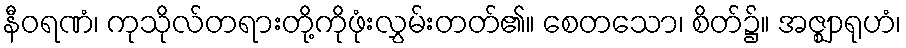
နီဝရဏံ၊ ကုသိုလ်တရားတို့ကိုဖုံးလွှမ်းတတ်၏။ စေတသော၊ စိတ်၌။ အဇ္ဈာရုဟံ၊